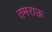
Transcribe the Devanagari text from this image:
तमराऊ